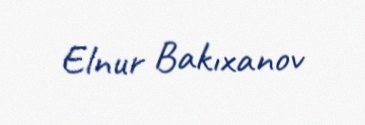
Elnur Bakıxanov